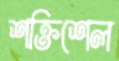
শক্তিশেল